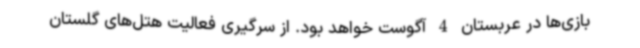
بازی‌ها در عربستان 4 آگوست خواهد بود. از سرگیری فعالیت هتل‌های گلستان